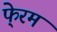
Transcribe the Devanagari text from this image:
फे्रम